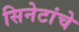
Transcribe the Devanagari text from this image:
सिनेटांचे